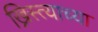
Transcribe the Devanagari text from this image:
ख्रिस्त्याच्या